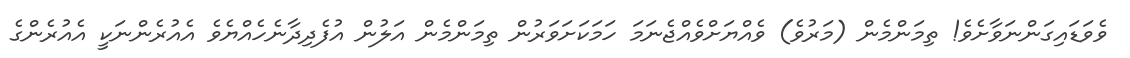
ވެވަޑައިގަންނަވާށެވެ! ތިމަންމެން (މަރުވެ) ވެއްޔަށްވެއްޖެނަމަ ހަމަކަށަވަރުން ތިމަންމެން އަލުން އުފެދިދާނެހެއްޔެވެ އެއުރެންނަކީ އެއުރެންގެ